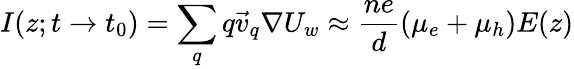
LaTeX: I(z;t\to t_{0})=\sum_{q}q\vec{v}_{q}\nabla U_{w}\approx\frac{ne}{d}(\mu_{e}+\mu_{h})E(z)